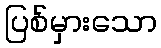
ပြစ်မှားသော